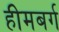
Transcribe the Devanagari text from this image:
हीमबर्ग